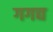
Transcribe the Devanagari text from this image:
गगद्य